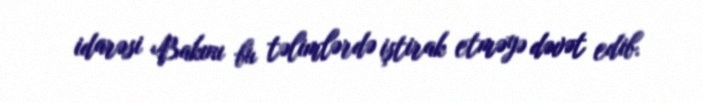
idarəsi Bakını bu təlimlərdə iştirak etməyə dəvət edib.